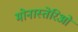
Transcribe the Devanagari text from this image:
मोनास्तेरिओ